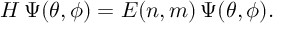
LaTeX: H \, \Psi ( \theta , \phi ) = E ( n , m ) \, \Psi ( \theta , \phi ) .